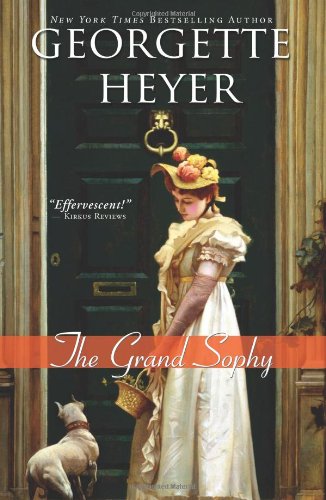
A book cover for The Grand Sophy: A hysterical and charming clean Regency romance (Regency Romances); Georgette Heyer; Romance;